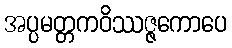
အပ္ပမတ္တကဝိဿဇ္ဇကောပေ